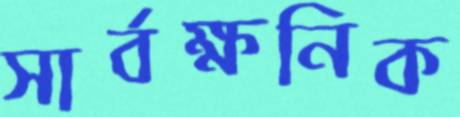
সার্বক্ষনিক